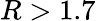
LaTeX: R>1.7